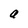
Character: a